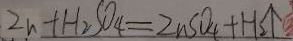
Z n + H _ { 2 } S O _ { 4 } = Z n S O _ { 4 } + H _ { 2 } \uparrow